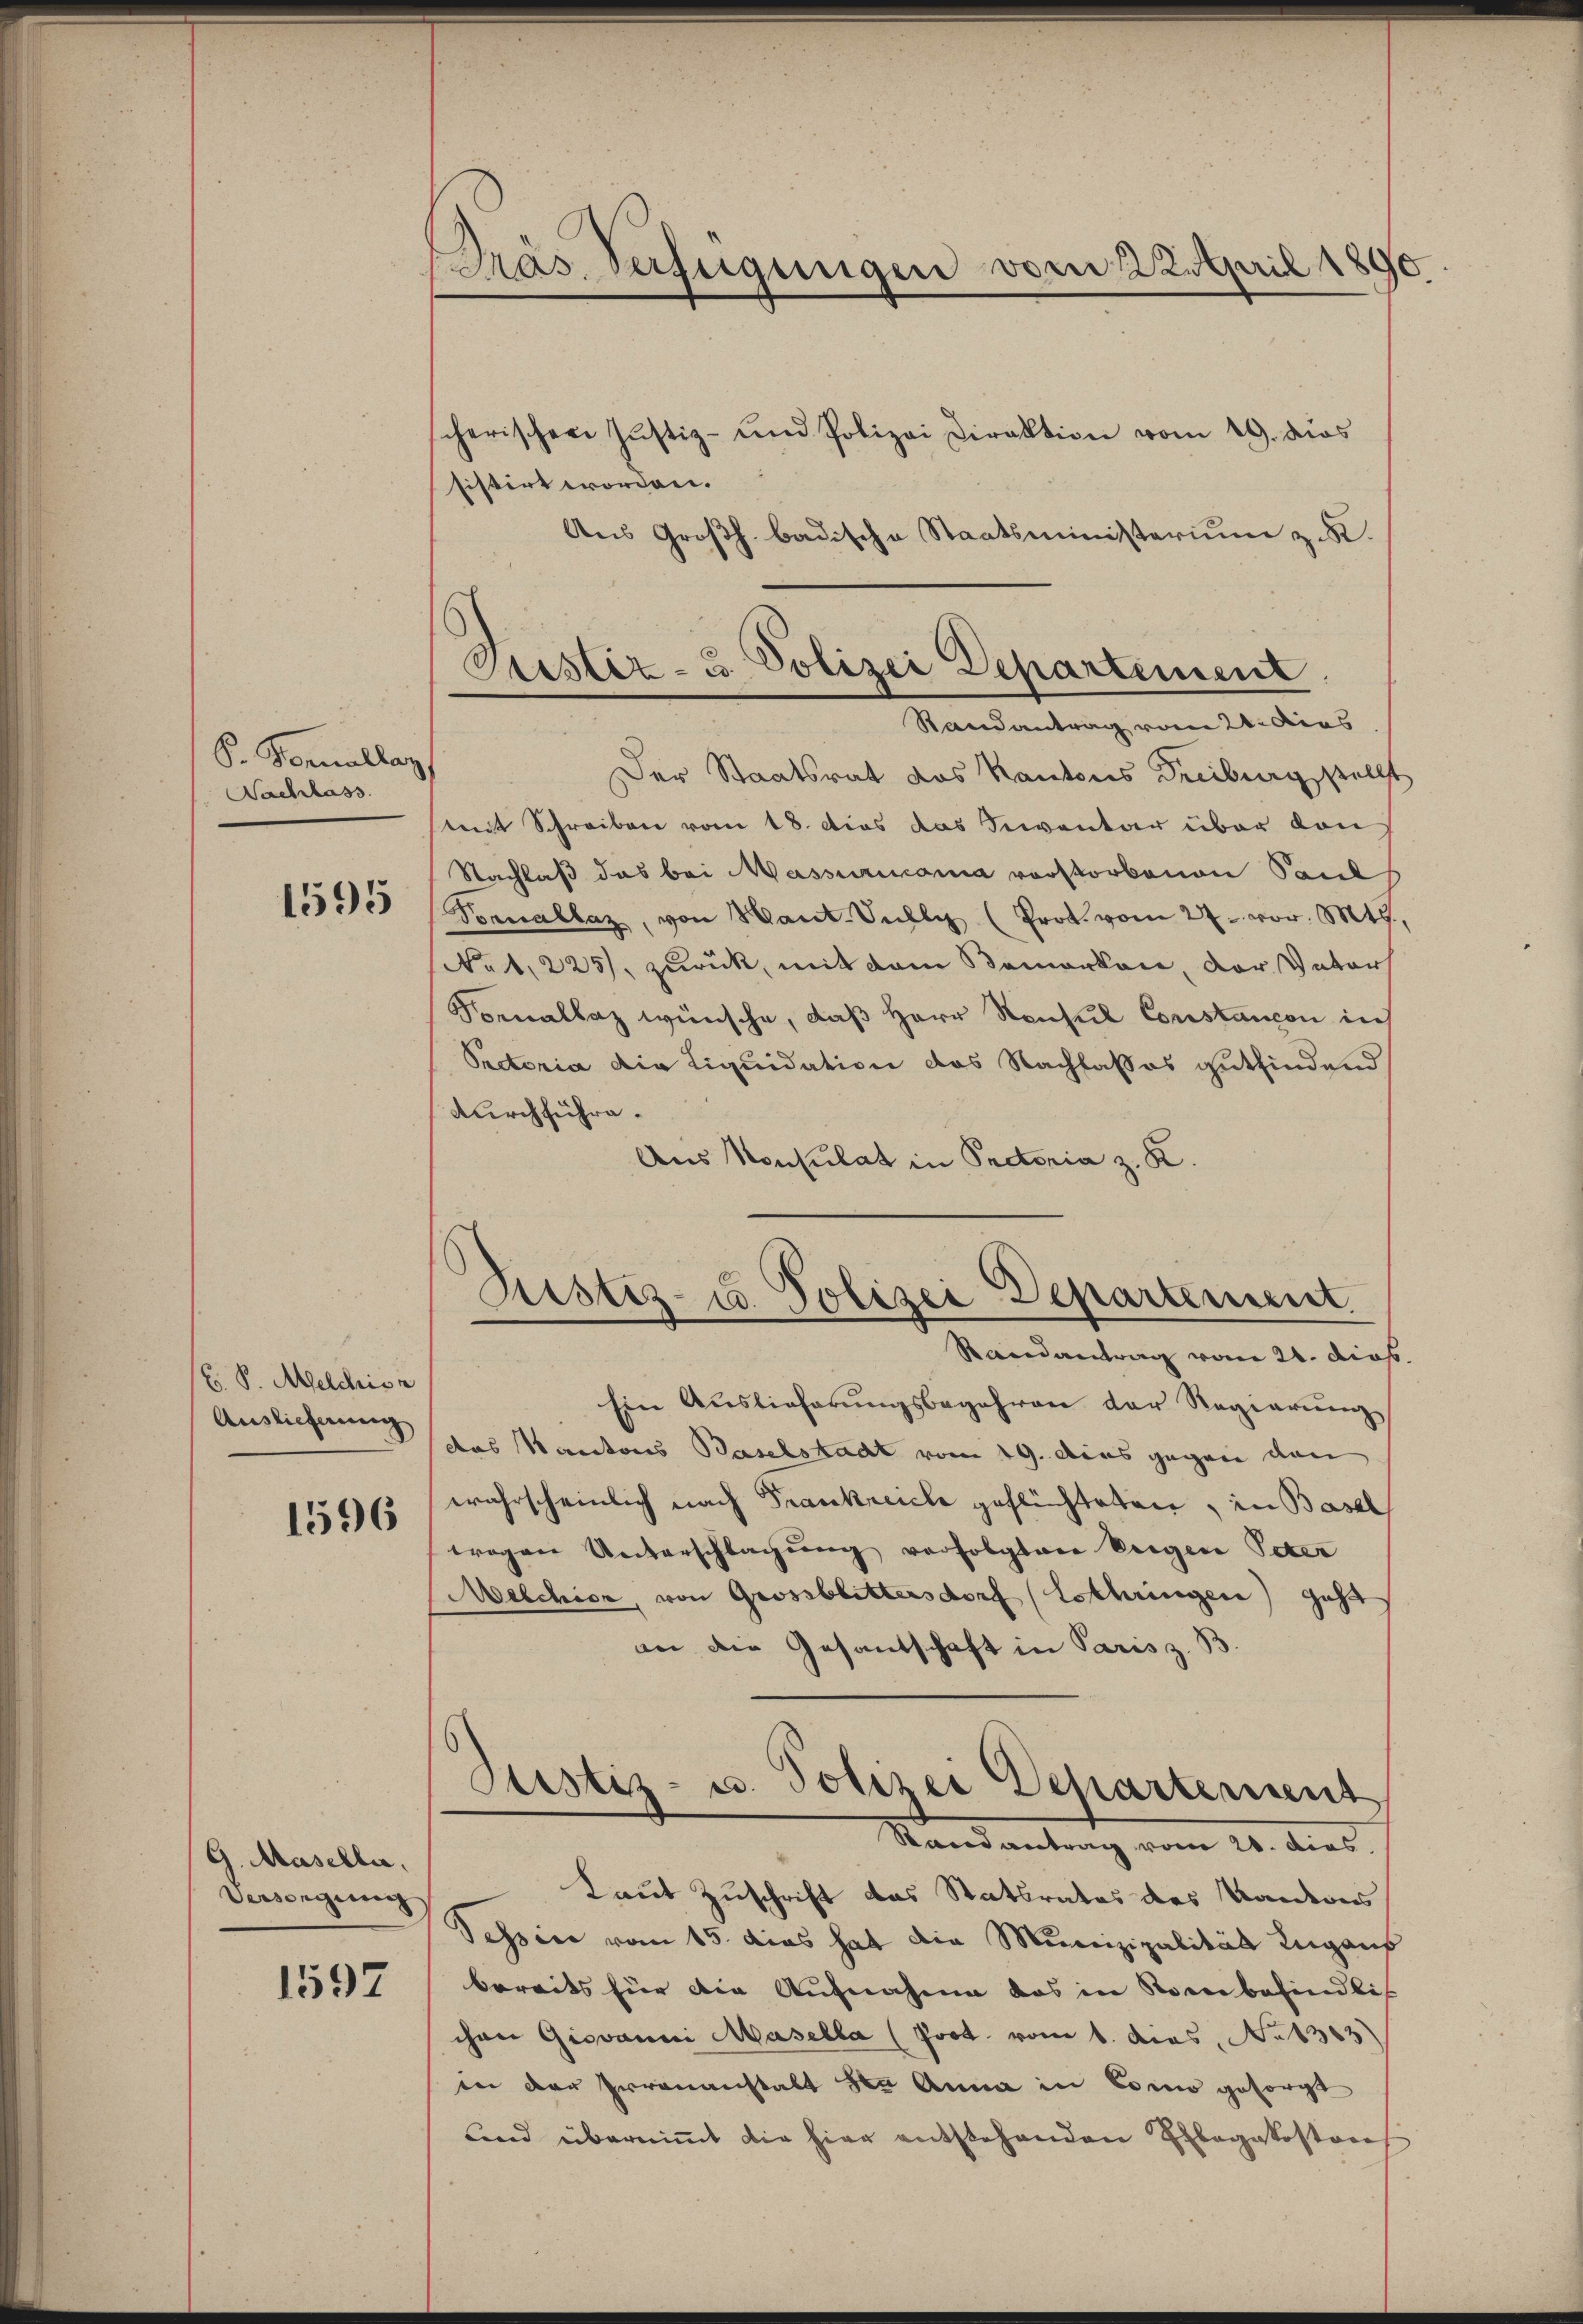
S. Parallag,
Nachlass

1595

(E. P. Melchior
Auslieferung

1596

G. Masella,
Versingung

1597

PPräs. Verfügungen vom 22. April 1890.

sistirt worden.
Aus Großh. badische Staatsministerium zu.
Der Staatsrat das Kantons Freiburg stellt
mit Schreiben vom 18. dies das Inventar über dan
Nachlaß das bei Massurimonia vorstorbenen Paul
Vornallaz, von Kant. Sully (Prok. vom 27. vor. Mts.
(No 1, 225), zurück, mit dem Samarkon, der Vater
Fonalbaz wünsche, daß Herr Konsul Constancon in
Rectoria die Liquidation das Nachlasses gutfindend
durchführe.
Aus Konsulat in Pectoria z. K.
Justiz- u. Polizei Departement
Randantrag vom 24. dies
Ein Auslieferŭngsbegehren der Regierŭng
das Kantons Baselstadt vom 19. das gegen von
wahrscheinlich nach Frankreiche geflüchteten, in Basel
wogen Unterschlagung verfolgter beigen Peter
Melchior, von Grossblittersdorf (Lothringen) geht
an die Gesandschaft in Paris z. B.
Justiz- u. Polizei Departement
Randantrag vom 20. dies
Laut Zuschrift das Statbrates des Kantons
Tessin vom 15. dies hat die Munizipalität Lugans
bereits für die Aufnahme das in Steinbefindlich
chen Giovanni Masella (Joot. vom 1. dies, No 1383)
in der Irrenanstalt der Anna in Como gesorgt
und überniṁt die hier entstehenden Erlegekoston

cherischen Justiz- und Polizei Direktion vom 19. dies

Justiz- u. Polizei Departement
Randantrag vom 21. dies